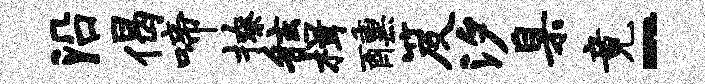
沿偈啼撩舷楫醺笈汐臬竟-